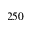
2 5 0